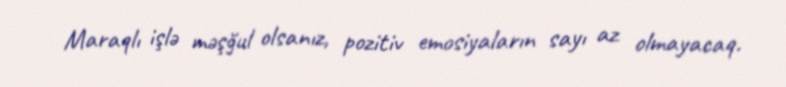
Maraqlı işlə məşğul olsanız, pozitiv emosiyaların sayı az olmayacaq.